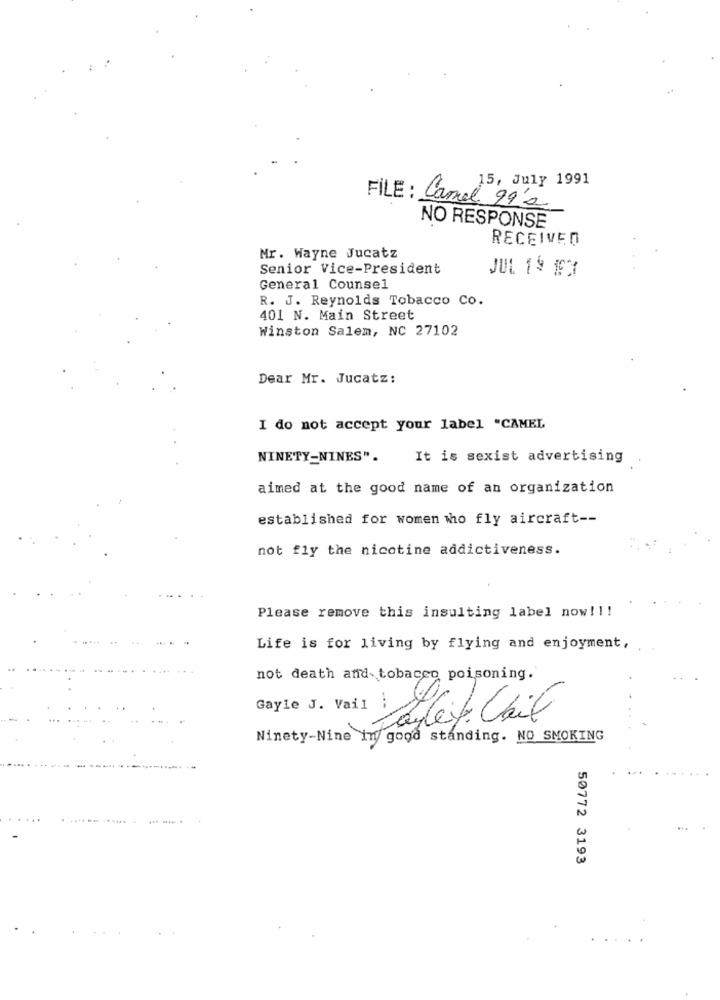
15, July 1991
FILE : Camel 99'2
NO RESPONSE
RECEIVED
Mr. Wayne Jucatz
Senior Vice-President
JUL 1º F3
General Counsel
R. J. Reynolds Tobacco Co.
401 N. Main Street
Winston Salem, NC 27102
Dear Mr. Jucatz:
I do not accept your label "CAMEL
NINETY-NINES".
It is sexist advertising .
aimed at the good name of an organization
established for women who fly aircraft --
not fly the nicotine addictiveness.
Please remove this insulting label now! !!
Life is for living by flying and enjoyment,
not death and tobacco poisoning.
Gayle J. Vais Meta Chit
Ninety-Nine in good standing. NO SMOKING
50772 3193